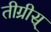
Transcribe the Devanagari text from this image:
तीग्रीस्